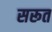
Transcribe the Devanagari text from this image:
सरूत